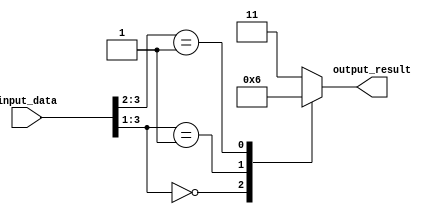
module casez_example (
    input [3:0] input_data,
    output reg [1:0] output_result
);

always @* begin
    casez(input_data)
        4'b000? : output_result = 2'b00; // if input_data is 000x, output_result is 00
        4'b001? : output_result = 2'b01; // if input_data is 001x, output_result is 01
        4'b01?? : output_result = 2'b10; // if input_data is 01xx, output_result is 10
        default : output_result = 2'b11; // for all other cases, output_result is 11
    endcase
end

endmodule